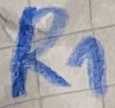
Text: R1